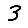
Digit: 3